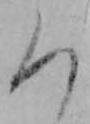
ろ